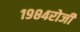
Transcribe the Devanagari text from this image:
१९८४रोजी